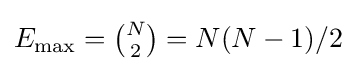
E_{\max }={\tbinom {N}{2}}=N(N-1)/2